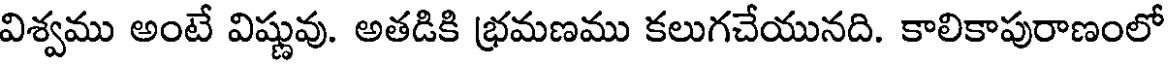
విశ్వము అంటే విష్ణువు. అతడికి భమణము కలుగచేయునది. కాలికాపురాణంలో